Report on vaccination in Madras 1877-1894 - 1877-1894
Year: 1877
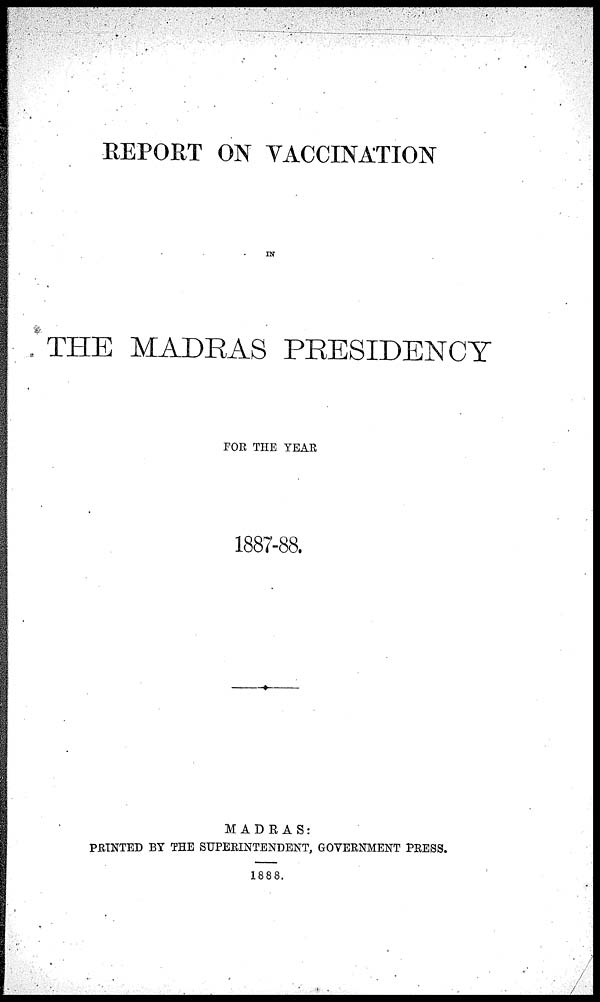
REPORT ON VACCINATION
IN
THE MADRAS PRESIDENCY
FOR THE YEAR
1887-88.
MADRAS:
PRINTED BY THE SUPERINTENDENT, GOVERNMENT PRESS.
1888.